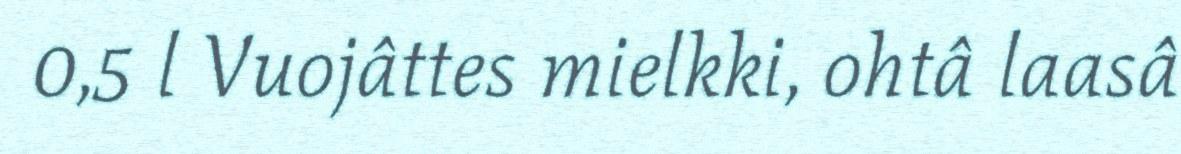
0,5 l Vuojâttes mielkki, ohtâ laasâ